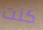
كنت